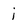
Character: j